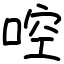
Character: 啌